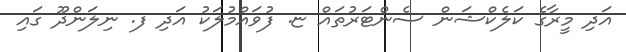
އަދި މީރާގެ ކަލެކްޝަން ސެންޓަރުތައް ޏ. ފުވައްމުލަކު އަދި ފ. ނިލަންދޫ ގައި